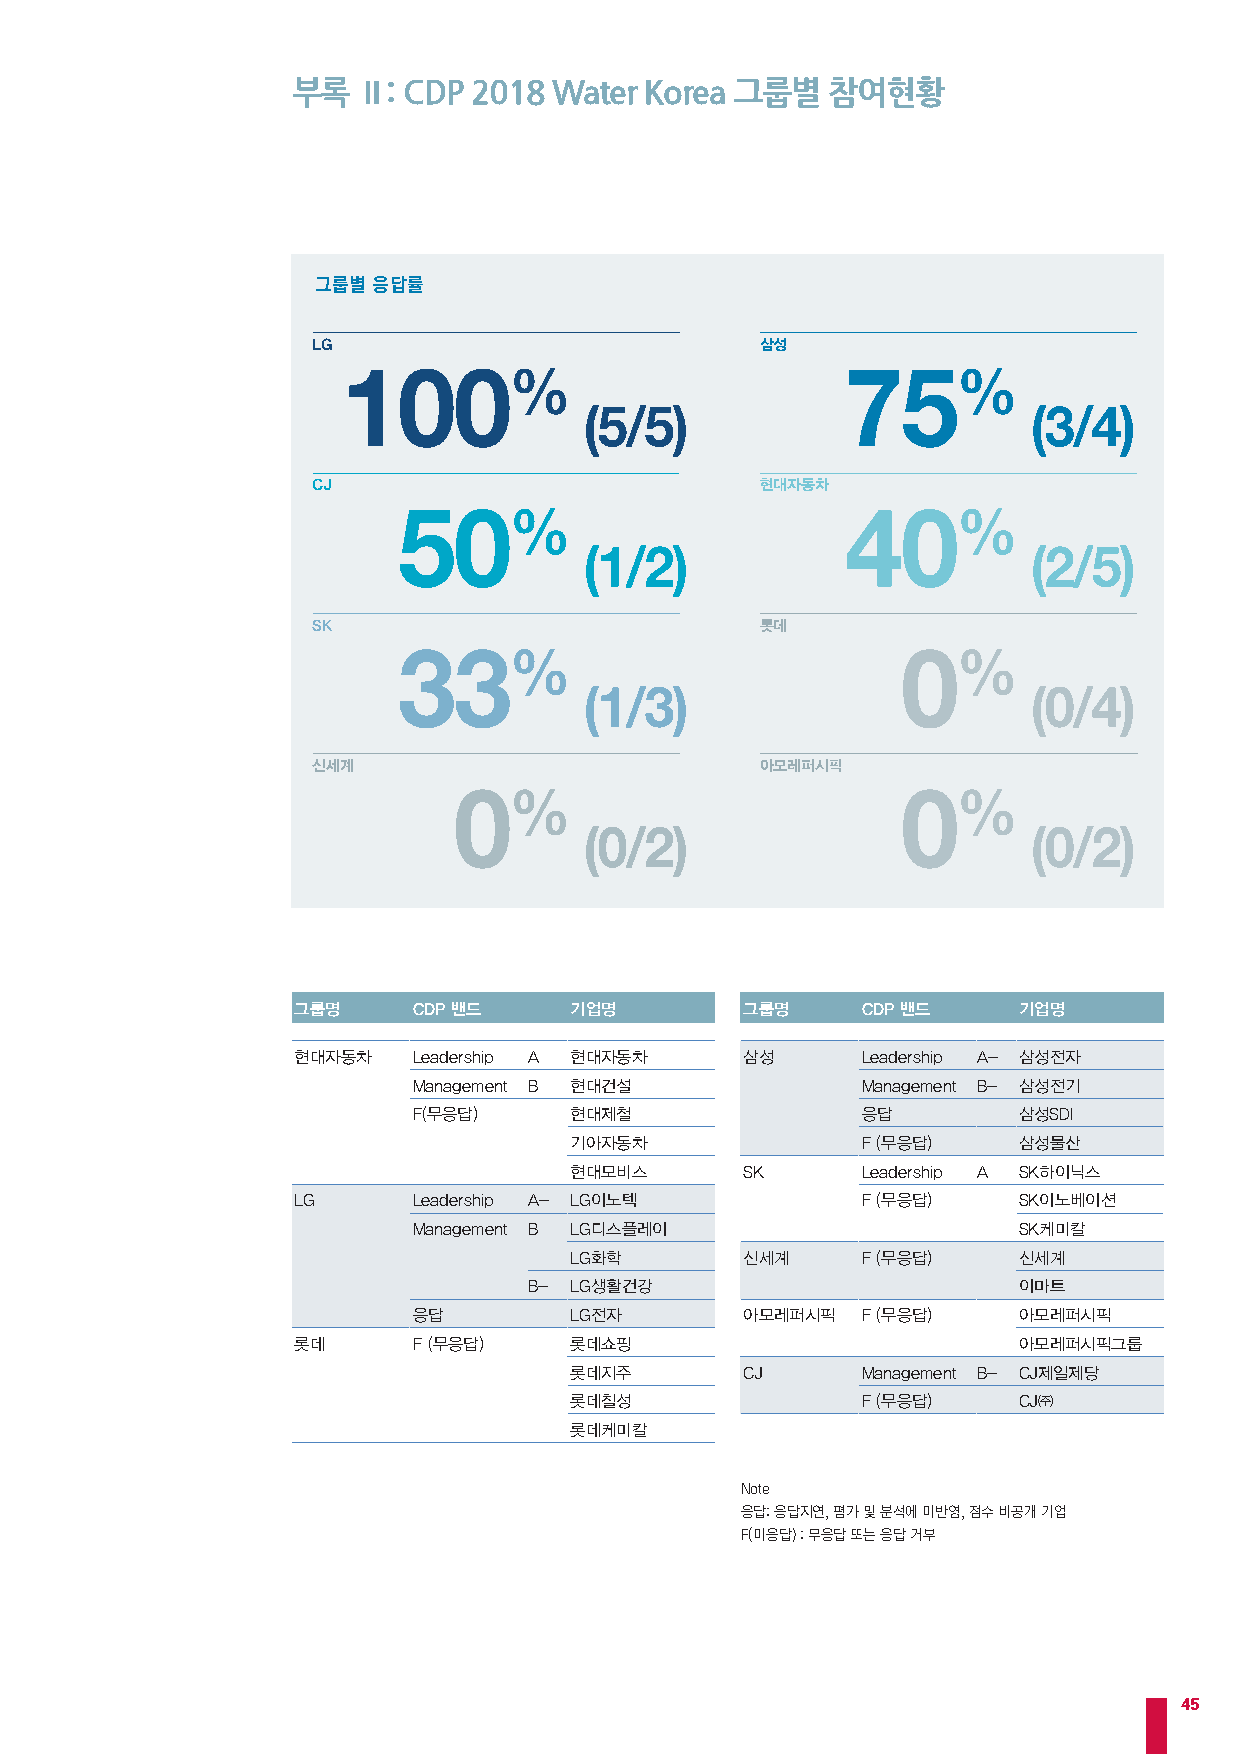
부록   Ⅱ: CDP 2018  Water Korea 그룹별   참여현황
 그룹별 응답률
 LG                           삼성
 100%                             75%
 (5/5)                        (3/4)
 CJ                           현대자동차
 50%                           40%
 (1/2)                        (2/5)
 SK                           롯데
 33%                               0%
 (1/3)                        (0/4)
 신세계                          아모레퍼시픽
 0%                            0%
 (0/2)                        (0/2)
 그룹명     CDP 밴드     기업명        그룹명     CDP 밴드    기업명
 현대자동차   Leadership A 현대자동차    삼성      Leadership A- 삼성전자
 Management B 현대건설             Management B- 삼성전기
 F(무응답)     현대제철               응답        삼성SDI
 기아자동차              F (무응답)   삼성물산
 현대모비스      SK      Leadership A SK하이닉스
 LG      Leadership A- LG이노텍           F (무응답)   SK이노베이션
 Management B LG디스플레이                    SK케미칼
 LG화학       신세계     F (무응답)   신세계
 B- LG생활건강                       이마트
 응답         LG전자       아모레퍼시픽  F (무응답)   아모레퍼시픽
 롯데      F (무응답)    롯데쇼핑                         아모레퍼시픽그룹
 롯데지주       CJ      Management B- CJ제일제당
 롯데칠성               F (무응답)   CJ㈜
 롯데케미칼
 Note
 응답: 응답지연, 평가 및 분석에 미반영, 점수 비공개 기업
 F(미응답) : 무응답 또는 응답 거부
 45